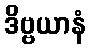
ဒိဗ္ဗယာနံ